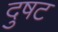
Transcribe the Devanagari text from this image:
दुषट